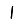
Digit: 1